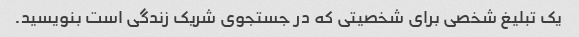
یک تبلیغ شخصی برای شخصیتی که در جستجوی شریک زندگی است بنویسید.